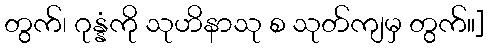
တွက်၊ ဂုန္နံကို သုဟိနာသု စ သုတ်ကျမှ တွက်။]